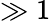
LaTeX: \gg 1